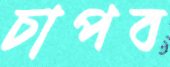
চাপব